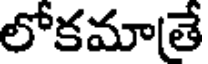
లోకమాతే